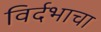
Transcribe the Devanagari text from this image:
विर्दभाचा